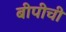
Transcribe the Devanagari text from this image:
बीपीची